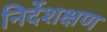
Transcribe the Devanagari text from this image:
निर्देशक्षण